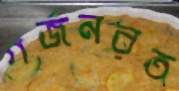
গর্জনরত